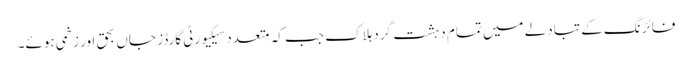
فائرنگ کے تبادلے میں تمام دہشت گرد ہلاک جب کہ متعدد سیکیورٹی گارڈز جاں بحق اور زخمی ہوئے۔